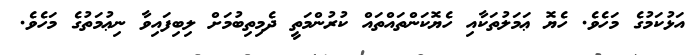
އަޅުކަމުގެ މަހެވެ. ހެޔޮ ޢަމަލުތަކާއި ހެޔޮކަންތައްތައް ކުރުންމަތީ ދެމިތިބުމަށް ލިބިފައިވާ ނިޢުމަތުގެ މަހެެވެ.